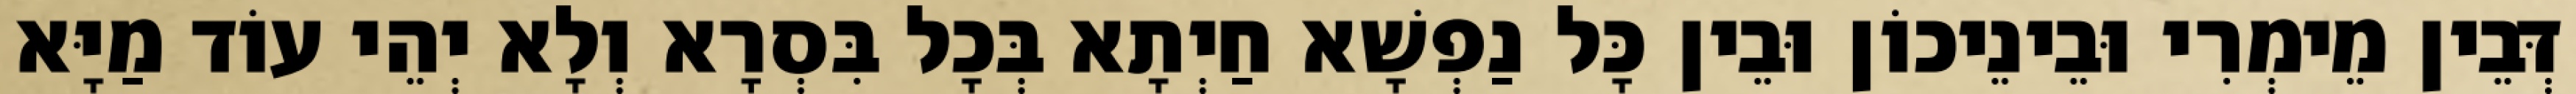
דְּבֵין מֵימְרִי וּבֵינֵיכוֹן וּבֵין כָּל נַפְשָׁא חַיְתָא בְּכָל בִּסְרָא וְלָא יְהֵי עוֹד מַיָּא